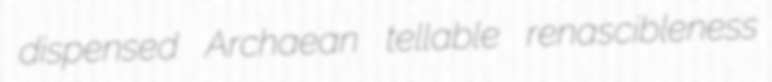
dispensed Archaean tellable renascibleness